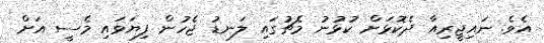
އެވެ. ނައިޖީރިއާ ދެކޮޅަށް ކުޅުނު މެޗުގައި ލަނޑު ޖެހުން ފިޔަވައި މެސީ އަށް